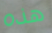
هذه